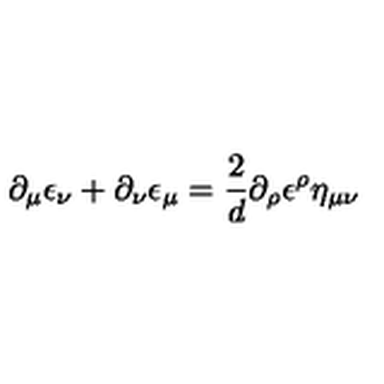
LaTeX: \partial _ { \mu } \epsilon _ { \nu } + \partial _ { \nu } \epsilon _ { \mu } = \frac { 2 } { d } \partial _ { \rho } \epsilon ^ { \rho } \eta _ { \mu \nu }